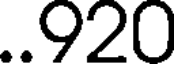
..920